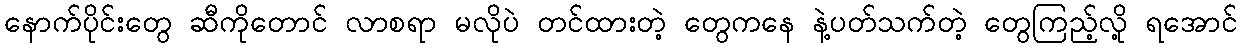
နောက်ပိုင်းတွေ ဆီကိုတောင် လာစရာ မလိုပဲ တင်ထားတဲ့ တွေကနေ နဲ့ပတ်သက်တဲ့ တွေကြည့်လို့ ရအောင်